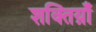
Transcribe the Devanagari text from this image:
शक्तिय़ाँ